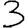
Digit: 3